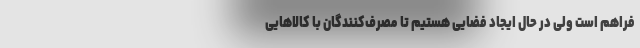
فراهم است ولی در حال ایجاد فضایی هستیم تا مصرف‌کنندگان با کالاهایی